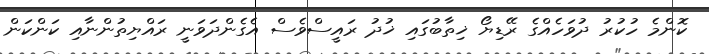
ކޮންމެ ހުކުރު ދުވަހެއްގެ ރޭޑިޔޯ ޚިތާބުގައި ޚުދު ރައީސްވެސް އެގެންދަވަނީ ރައްޔިތުންނާއި ކަންކަން